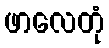
ဖာလေတုံ